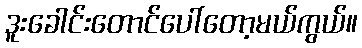
ဒူးခေါင်းတောင်ပေါ်တော့မယ်ကွယ်။